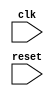
module memory_controller (
    input wire clk,
    input wire reset,
    // Add input/output ports for memory interface, data transfer, memory access requests, etc.
);

// Define state machine states

parameter IDLE = 0;
parameter READ = 1;
parameter WRITE = 2;
parameter REFRESH = 3;

reg [1:0] state;
reg [7:0] data_in, data_out;
reg [1:0] address;
reg write_enable, read_enable, refresh_enable;

// Define FIFO buffers

reg [7:0] input_fifo [0:7];
reg [7:0] output_fifo [0:7];
reg input_fifo_wr_ptr, input_fifo_rd_ptr, output_fifo_wr_ptr, output_fifo_rd_ptr;

// Define error checking logic

reg data_error;

always @ (posedge clk or posedge reset) begin
    if (reset) begin
        // Reset all registers and buffers
    end else begin
        // State machine logic
        case (state)
            IDLE: begin
                // Handle memory requests and transitions to READ, WRITE, or REFRESH states
            end
            READ: begin
                // Implement logic for read operation
            end
            WRITE: begin
                // Implement logic for write operation
            end
            REFRESH: begin
                // Implement logic for refresh operation
            end
        endcase

        // FIFO buffer logic
        // Error checking logic
    end
end

endmodule